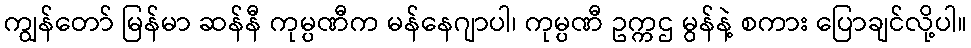
ကျွန်တော် မြန်မာ ဆန်နီ ကုမ္ပဏီက မန်နေဂျာပါ၊ ကုမ္ပဏီ ဥက္ကဌ မွန်နဲ့ စကား ပြောချင်လို့ပါ။